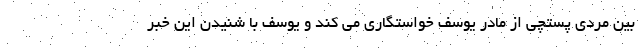
بین مردی پستچی از مادر یوسف خواستگاری می کند و یوسف با شنیدن این خبر